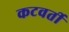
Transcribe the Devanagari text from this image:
कटवर्ती